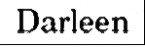
Darleen